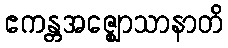
ဧကန္တအဇ္ဈောသာနာတိ